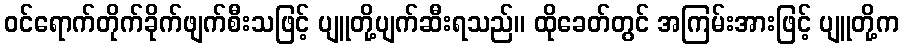
ဝင်ရောက်တိုက်ခိုက်ဖျက်စီးသဖြင့် ပျူတို့ပျက်ဆီးရသည်။ ထိုခေတ်တွင် အကြမ်းအားဖြင့် ပျူတို့က